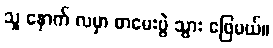
သူ နောက် လမှာ စာမေးပွဲ သွား ဖြေမယ်။